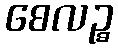
စေလဉ္စ